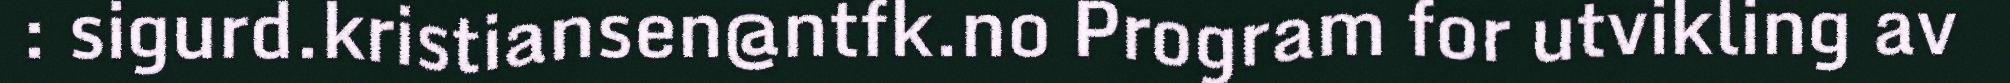
: sigurd.kristiansen@ntfk.no Program for utvikling av